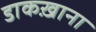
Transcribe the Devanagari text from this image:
डाकख़ाना